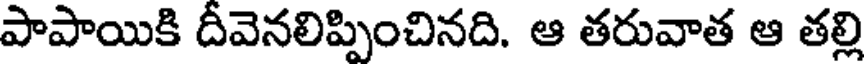
పాపాయికి దీవెనలిప్పించినది. ఆ తరువాత ఆ తల్లి